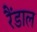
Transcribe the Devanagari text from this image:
रैंडाल